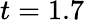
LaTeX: t=1.7